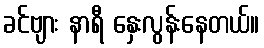
ခင်ဗျား နာရီ နှေးလွန်းနေတယ်။